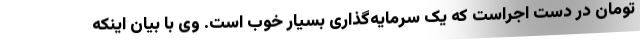
تومان در دست اجراست که یک سرمایه‌گذاری بسیار خوب است. وی با بیان اینکه